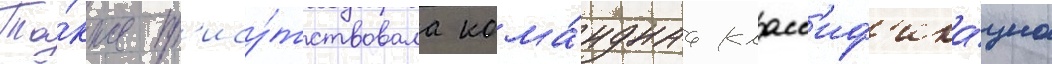
Та́кже пр'ису́тствовала кома́нднаа класс'иф'ика́циа